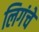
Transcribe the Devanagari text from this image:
लिगंचे